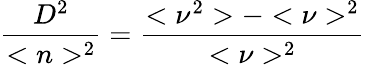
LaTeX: {\frac{D^{2}}{<n>^{2}}}={\frac{<\nu^{2}>-<\nu>^{2}}{<\nu>^{2}}}